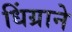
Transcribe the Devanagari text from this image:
धिंग्राने